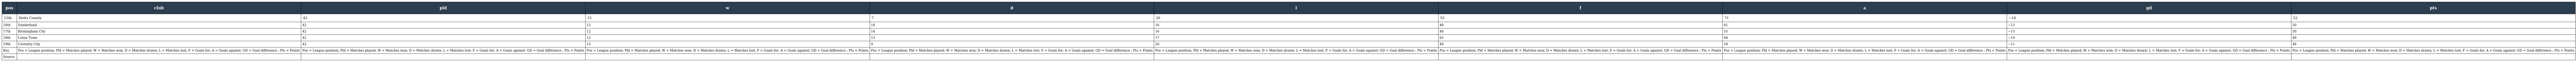
| pos | club | pld | w | d | l | f | a | gd | pts |
 | --- | --- | --- | --- | --- | --- | --- | --- | --- | --- |
 | 15th | Notts County | 42 | 15 | 7 | 20 | 55 | 71 | −16 | 52 |
 | 16th | Sunderland | 42 | 12 | 14 | 16 | 48 | 61 | −13 | 50 |
 | 17th | Birmingham City | 42 | 12 | 14 | 16 | 40 | 55 | −15 | 50 |
 | 18th | Luton Town | 42 | 12 | 13 | 17 | 65 | 84 | −19 | 49 |
 | 19th | Coventry City | 42 | 13 | 9 | 20 | 48 | 59 | −11 | 48 |
 | Key | Pos = League position; Pld = Matches played; W = Matches won; D = Matches drawn; L = Matches lost; F = Goals for; A = Goals against; GD = Goal difference ; Pts = Points | Pos = League position; Pld = Matches played; W = Matches won; D = Matches drawn; L = Matches lost; F = Goals for; A = Goals against; GD = Goal difference ; Pts = Points | Pos = League position; Pld = Matches played; W = Matches won; D = Matches drawn; L = Matches lost; F = Goals for; A = Goals against; GD = Goal difference ; Pts = Points | Pos = League position; Pld = Matches played; W = Matches won; D = Matches drawn; L = Matches lost; F = Goals for; A = Goals against; GD = Goal difference ; Pts = Points | Pos = League position; Pld = Matches played; W = Matches won; D = Matches drawn; L = Matches lost; F = Goals for; A = Goals against; GD = Goal difference ; Pts = Points | Pos = League position; Pld = Matches played; W = Matches won; D = Matches drawn; L = Matches lost; F = Goals for; A = Goals against; GD = Goal difference ; Pts = Points | Pos = League position; Pld = Matches played; W = Matches won; D = Matches drawn; L = Matches lost; F = Goals for; A = Goals against; GD = Goal difference ; Pts = Points | Pos = League position; Pld = Matches played; W = Matches won; D = Matches drawn; L = Matches lost; F = Goals for; A = Goals against; GD = Goal difference ; Pts = Points | Pos = League position; Pld = Matches played; W = Matches won; D = Matches drawn; L = Matches lost; F = Goals for; A = Goals against; GD = Goal difference ; Pts = Points |
 | Source |  |  |  |  |  |  |  |  |  |